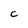
Character: C